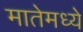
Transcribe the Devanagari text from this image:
मातेमध्ये